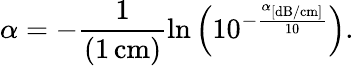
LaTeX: \alpha=-\frac{1}{(1\, \mathrm{cm})}\ln\Big(10^{-\frac{\alpha_{[\mathrm{dB/cm}]}}{10}}\Big).